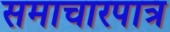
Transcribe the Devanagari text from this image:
समाचारपात्र